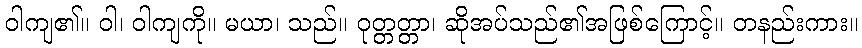
ဝါကျ၏။ ဝါ၊ ဝါကျကို။ မယာ၊ သည်။ ဝုတ္တတ္တာ၊ ဆိုအပ်သည်၏အဖြစ်ကြောင့်။ တနည်းကား။